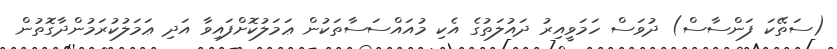
(ސަތޭކަ ފަންސާސް) ދުވަސް ހަމަވީއިރު ދައުލަތުގެ އެކި މުއައްސަސާތަކުން ޢަމަލުކޮށްފައިވާ އަދި ޢަމަލުކުރަމުންދާގޮތުން